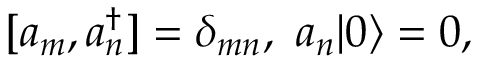
[ a _ { m } , a _ { n } ^ { \dagger } ] = \delta _ { m n } , \ a _ { n } | 0 \rangle = 0 ,